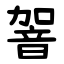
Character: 䪪